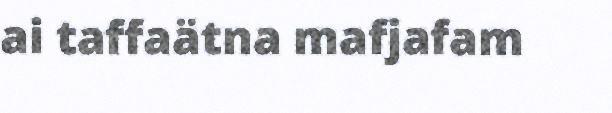
ai taffaätna mafjafam